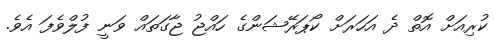
ކުރިއަށް އޮތް ދެ އަހަރަށް ކޯޕަރޭޝަންގެ ހައްޖު ޖާގަތައް ވަނީ ފުލްވެފަ އެވެ.